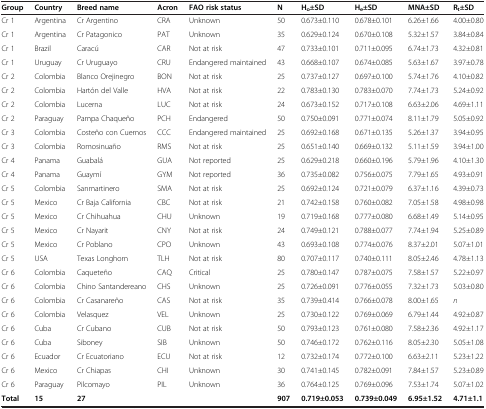
<table><thead><tr><td><b>Group</b></td><td><b>Country</b></td><td><b>Breed name</b></td><td><b>Acron</b></td><td><b>FAO risk status</b></td><td><b>N</b></td><td><b>H<sub>o</sub>±SD</b></td><td><b>H<sub>e</sub>±SD</b></td><td><b>MNA±SD</b></td><td><b>R<sub>t</sub>±SD</b></td></tr></thead><tbody><tr><td>Cr 1</td><td>Argentina</td><td>Cr Argentino</td><td>CRA</td><td>Unknown</td><td>50</td><td>0.673±0.110</td><td>0.678±0.101</td><td>6.26±1.66</td><td>4.00±0.80</td></tr><tr><td>Cr 1</td><td>Argentina</td><td>Cr Patagonico</td><td>PAT</td><td>Unknown</td><td>35</td><td>0.629±0.124</td><td>0.670±0.108</td><td>5.32±1.57</td><td>3.84±0.84</td></tr><tr><td>Cr 1</td><td>Brazil</td><td>Caracú</td><td>CAR</td><td>Not at risk</td><td>47</td><td>0.733±0.101</td><td>0.711±0.095</td><td>6.74±1.73</td><td>4.32±0.81</td></tr><tr><td>Cr 1</td><td>Uruguay</td><td>Cr Uruguayo</td><td>CRU</td><td>Endangered maintained</td><td>43</td><td>0.668±0.107</td><td>0.674±0.085</td><td>5.63±1.67</td><td>3.97±0.78</td></tr><tr><td>Cr 2</td><td>Colombia</td><td>Blanco Orejinegro</td><td>BON</td><td>Not at risk</td><td>25</td><td>0.737±0.127</td><td>0.697±0.100</td><td>5.74±1.76</td><td>4.10±0.82</td></tr><tr><td>Cr 2</td><td>Colombia</td><td>Hartón del Valle</td><td>HVA</td><td>Not at risk</td><td>22</td><td>0.783±0.130</td><td>0.783±0.070</td><td>7.74±1.73</td><td>5.24±0.92</td></tr><tr><td>Cr 2</td><td>Colombia</td><td>Lucerna</td><td>LUC</td><td>Not at risk</td><td>24</td><td>0.673±0.152</td><td>0.717±0.108</td><td>6.63±2.06</td><td>4.69±1.11</td></tr><tr><td>Cr 2</td><td>Paraguay</td><td>Pampa Chaqueño</td><td>PCH</td><td>Endangered</td><td>50</td><td>0.750±0.091</td><td>0.771±0.074</td><td>8.11±1.79</td><td>5.05±0.92</td></tr><tr><td>Cr 3</td><td>Colombia</td><td>Costeño con Cuernos</td><td>CCC</td><td>Endangered maintained</td><td>25</td><td>0.692±0.168</td><td>0.671±0.135</td><td>5.26±1.37</td><td>3.94±0.95</td></tr><tr><td>Cr 3</td><td>Colombia</td><td>Romosinuaño</td><td>RMS</td><td>Not at risk</td><td>25</td><td>0.651±0.140</td><td>0.669±0.132</td><td>5.11±1.59</td><td>3.94±1.00</td></tr><tr><td>Cr 4</td><td>Panama</td><td>Guabalá</td><td>GUA</td><td>Not reported</td><td>25</td><td>0.629±0.218</td><td>0.660±0.196</td><td>5.79±1.96</td><td>4.10±1.30</td></tr><tr><td>Cr 4</td><td>Panama</td><td>Guaymí</td><td>GYM</td><td>Not reported</td><td>36</td><td>0.735±0.082</td><td>0.756±0.075</td><td>7.79±1.65</td><td>4.93±0.91</td></tr><tr><td>Cr 5</td><td>Colombia</td><td>Sanmartinero</td><td>SMA</td><td>Not at risk</td><td>25</td><td>0.692±0.124</td><td>0.721±0.079</td><td>6.37±1.16</td><td>4.39±0.73</td></tr><tr><td>Cr 5</td><td>Mexico</td><td>Cr Baja California</td><td>CBC</td><td>Not at risk</td><td>21</td><td>0.742±0.158</td><td>0.760±0.082</td><td>7.05±1.58</td><td>4.98±0.98</td></tr><tr><td>Cr 5</td><td>Mexico</td><td>Cr Chihuahua</td><td>CHU</td><td>Unknown</td><td>19</td><td>0.719±0.168</td><td>0.777±0.080</td><td>6.68±1.49</td><td>5.14±0.95</td></tr><tr><td>Cr 5</td><td>Mexico</td><td>Cr Nayarit</td><td>CNY</td><td>Not at risk</td><td>24</td><td>0.749±0.121</td><td>0.788±0.077</td><td>7.74±1.94</td><td>5.25±0.89</td></tr><tr><td>Cr 5</td><td>Mexico</td><td>Cr Poblano</td><td>CPO</td><td>Unknown</td><td>43</td><td>0.693±0.108</td><td>0.774±0.076</td><td>8.37±2.01</td><td>5.07±1.01</td></tr><tr><td>Cr 5</td><td>USA</td><td>Texas Longhorn</td><td>TLH</td><td>Not at risk</td><td>80</td><td>0.707±0.117</td><td>0.740±0.111</td><td>8.05±2.46</td><td>4.78±1.13</td></tr><tr><td>Cr 6</td><td>Colombia</td><td>Caqueteño</td><td>CAQ</td><td>Critical</td><td>25</td><td>0.780±0.147</td><td>0.787±0.075</td><td>7.58±1.57</td><td>5.22±0.97</td></tr><tr><td>Cr 6</td><td>Colombia</td><td>Chino Santandereano</td><td>CHS</td><td>Unknown</td><td>25</td><td>0.726±0.091</td><td>0.776±0.055</td><td>7.32±1.73</td><td>5.03±0.80</td></tr><tr><td>Cr 6</td><td>Colombia</td><td>Cr Casanareño</td><td>CAS</td><td>Not at risk</td><td>35</td><td>0.739±0.414</td><td>0.766±0.078</td><td>8.00±1.65</td><td><i>n</i></td></tr><tr><td>Cr 6</td><td>Colombia</td><td>Velasquez</td><td>VEL</td><td>Unknown</td><td>25</td><td>0.730±0.122</td><td>0.769±0.069</td><td>6.79±1.44</td><td>4.92±0.87</td></tr><tr><td>Cr 6</td><td>Cuba</td><td>Cr Cubano</td><td>CUB</td><td>Not at risk</td><td>50</td><td>0.793±0.123</td><td>0.761±0.080</td><td>7.58±2.36</td><td>4.92±1.17</td></tr><tr><td>Cr 6</td><td>Cuba</td><td>Siboney</td><td>SIB</td><td>Unknown</td><td>50</td><td>0.746±0.172</td><td>0.762±0.116</td><td>8.05±2.30</td><td>5.05±1.08</td></tr><tr><td>Cr 6</td><td>Ecuador</td><td>Cr Ecuatoriano</td><td>ECU</td><td>Not at risk</td><td>12</td><td>0.732±0.174</td><td>0.772±0.100</td><td>6.63±2.11</td><td>5.23±1.22</td></tr><tr><td>Cr 6</td><td>Mexico</td><td>Cr Chiapas</td><td>CHI</td><td>Unknown</td><td>30</td><td>0.741±0.145</td><td>0.782±0.091</td><td>7.84±1.57</td><td>5.23±0.89</td></tr><tr><td>Cr 6</td><td>Paraguay</td><td>Pilcomayo</td><td>PIL</td><td>Unknown</td><td>36</td><td>0.764±0.125</td><td>0.769±0.096</td><td>7.53±1.74</td><td>5.07±1.02</td></tr><tr><td><b>Total</b></td><td><b>15</b></td><td><b>27</b></td><td> </td><td> </td><td><b>907</b></td><td><b>0.719±0.053</b></td><td><b>0.739±0.049</b></td><td><b>6.95±1.52</b></td><td><b>4.71±1.1</b></td></tr></tbody></table>